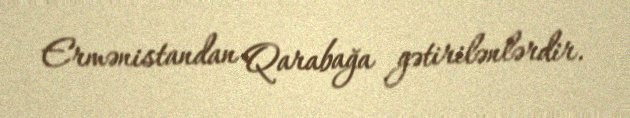
Ermənistandan Qarabağa gətirilənlərdir.